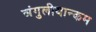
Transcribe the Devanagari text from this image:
अंगुलीयान्कम